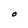
Character: O